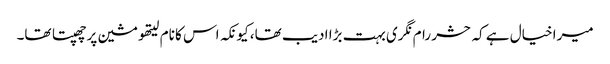
میرا خیال ہے کہ حشر رام نگری بہت بڑا ادیب تھا، کیونکہ اس کا نام لیتھو مشین پر چھپتا تھا۔